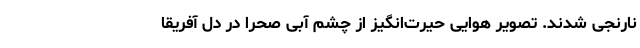
نارنجی شدند. تصویر هوایی حیرت‌انگیز از چشم آبی صحرا در دل آفریقا